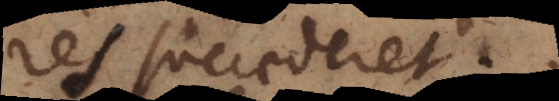
res succederet.